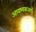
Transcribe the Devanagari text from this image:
आवश्यकताएँ।